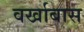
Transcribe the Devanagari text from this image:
वर्खाबास